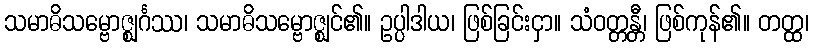
သမာဓိသမ္ဗောဇ္ဈင်္ဂဿ၊ သမာဓိသမ္ဗောဇ္ဈင်၏။ ဥပ္ပါဒါယ၊ ဖြစ်ခြင်းငှာ။ သံဝတ္တန္တီ၊ ဖြစ်ကုန်၏။ တတ္ထ၊